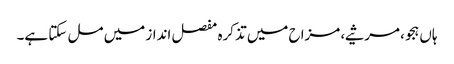
ہاں ہجو، مرثیے، مزاح میں تذکرہ مفصل انداز میں مل سکتا ہے۔